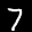
Label: 7